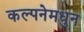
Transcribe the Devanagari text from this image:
कल्पनेमधुन